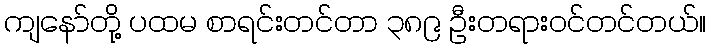
ကျနော်တို့ ပထမ စာရင်းတင်တာ ၃၈၉ ဦးတရားဝင်တင်တယ်။